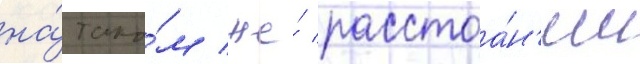
на́ тако́м же́ расстоа́н'ии